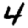
Digit: 4